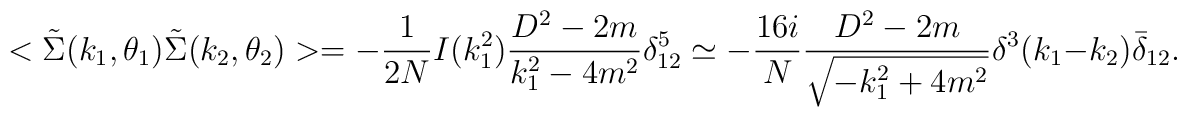
<\tilde \Sigma(k_1,\theta_1)\tilde \Sigma(k_2,\theta_2)>=-\frac{1}{2 N}I(k_{1}^{2})\frac{D^2-2m}{k^{2}_{1}-4m^2}\delta^5_{12}\simeq-\frac{16i}{N}\frac{D^2-2m}{\sqrt{-k^{2}_{1}+4m^2}}\delta^3(k_1-k_2)\bar \delta_{12}.